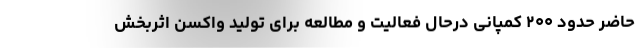
حاضر حدود ۲۰۰ کمپانی درحال فعالیت و مطالعه برای تولید واکسن اثربخش